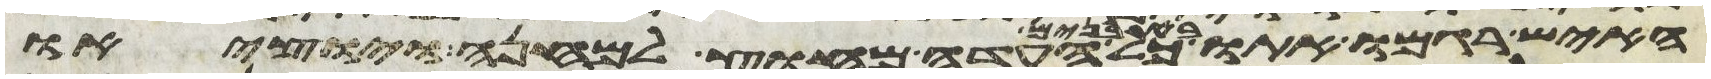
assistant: האיש רגמו אתו באבנים כל העדה מחוץ למחנה ויוציאו